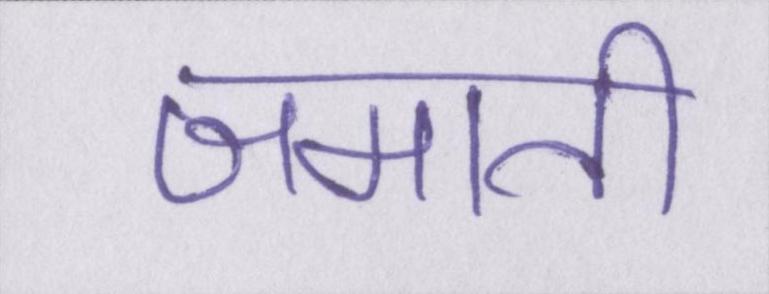
जमाती